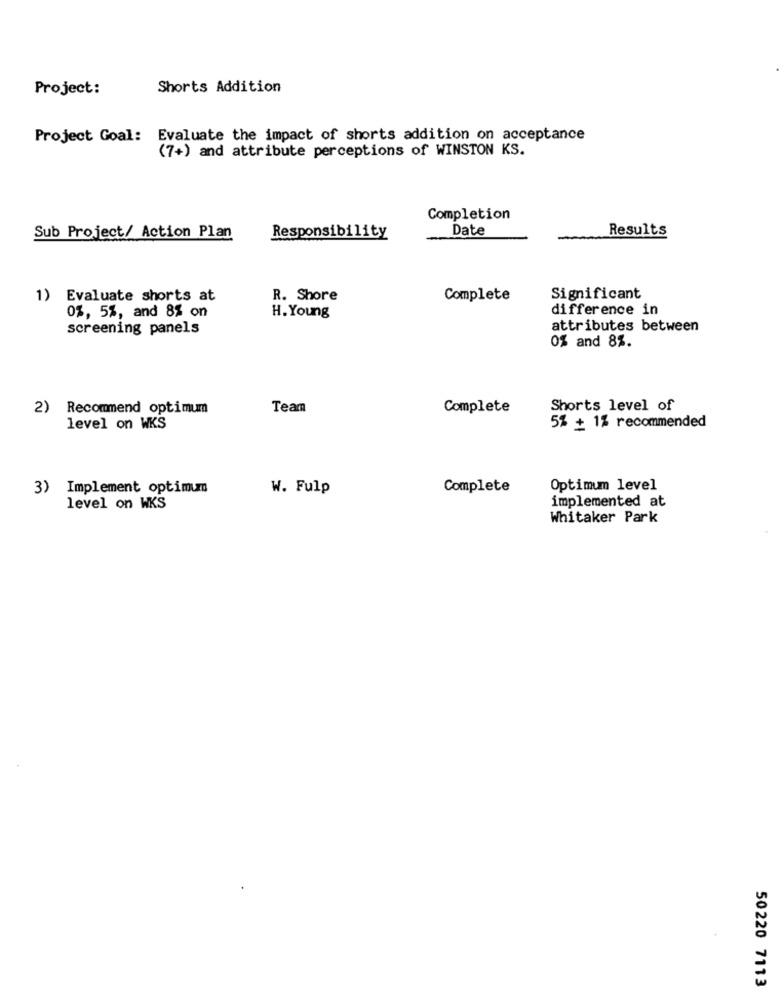
Project:
Shorts Addition
Project Goal: Evaluate the impact of shorts addition on acceptance
(7+) and attribute perceptions of WINSTON KS.
Completion
Date
Results
Sub Project/ Action Plan
Responsibility
1) Evaluate shorts at
R. Shore
Complete
Significant
difference in
0%, 5%, and 8% on
H. Young
screening panels
attributes between
0% and 8%.
2)
Recommend optimum
Team
Complete
Shorts level of
level on WKS
5% + 1% recommended
3) Implement optimum
W. Fulp
Complete
Optimum level
implemented at
level on WKS
Whitaker Park
50220 7113